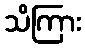
သိကြား